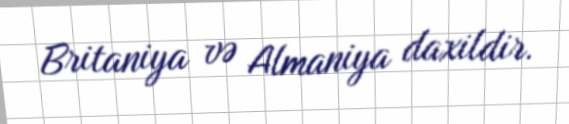
Britaniya və Almaniya daxildir.